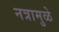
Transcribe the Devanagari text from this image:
नत्रामुळे